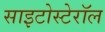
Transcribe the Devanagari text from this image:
साइटोस्टेरॉल